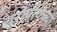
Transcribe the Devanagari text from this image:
युरोपीयंच्या